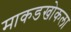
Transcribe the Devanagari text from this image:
माकडखोकला